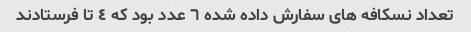
تعداد نسکافه های سفارش داده شده ٦ عدد بود که ٤ تا فرستادند